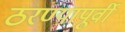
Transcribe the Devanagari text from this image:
ठरण्यापूर्वी